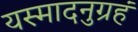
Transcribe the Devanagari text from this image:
यस्मादनुग्रहं